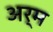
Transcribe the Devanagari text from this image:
अर्म